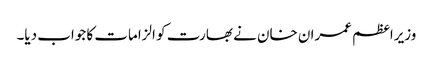
وزیراعظم عمران خان نے بھارت کو الزامات کا جواب دیا۔